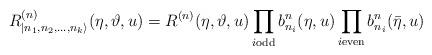
LaTeX: \begin{align*}R^{(n)}_{|n_{1},n_{2},\dots ,n_{k}\rangle }(\eta ,\vartheta,u)=R^{(n)}(\eta ,\vartheta ,u)\prod _{i\textrm{}\mathrm{odd}}b^{n}_{n_{i}}(\eta ,u)\prod _{i\textrm{}\mathrm{even}}b^{n}_{n_{i}}(\bar{\eta },u)\, \, \,\end{align*}